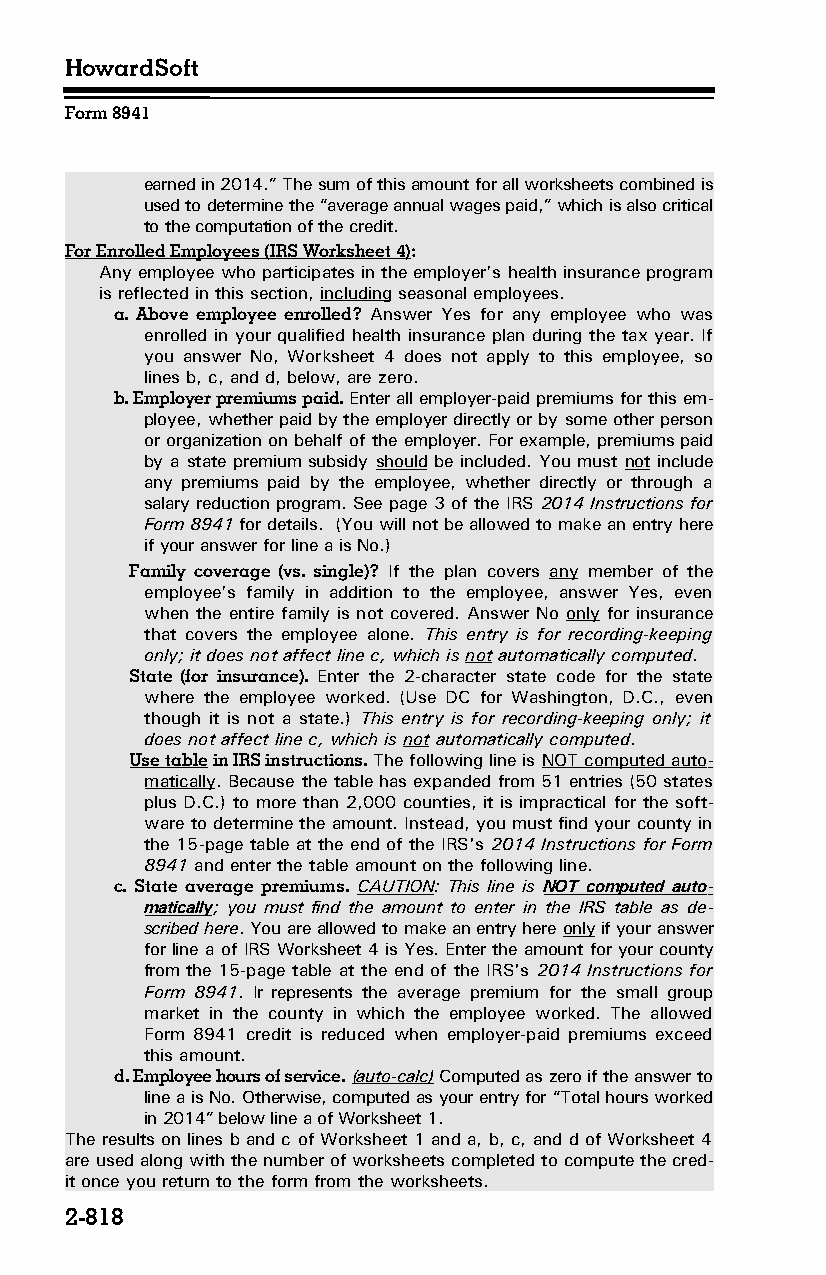
HowardSoft
 Form 8941
 earned in 2014.” The sum of this amount for all worksheets combined is
 used to determine the “average annual wages paid,” which is also critical
 to the computation of the credit.
 For Enrolled Employees (IRS Worksheet 4):
 Any employee who participates in the employer’s health insurance program
 is reflected in this section, including seasonal employees.
 a. Above employee enrolled? Answer Yes for any employee who was
 enrolled in your qualified health insurance plan during the tax year. If
 you answer No, Worksheet 4 does not apply to this employee, so
 lines b, c, and d, below, are zero.
 b. Employer premiums paid. Enter all employer-paid premiums for this em­
 ployee, whether paid by the employer directly or by some other person
 or organization on behalf of the employer. For example, premiums paid
 by a state premium subsidy should be included. You must not include
 any premiums paid by the employee, whether directly or through a
 salary reduction program. See page 3 of the IRS 2014 Instructions for
 Form 8941 for details. (You will not be allowed to make an entry here
 if your answer for line a is No.)
 Family coverage (vs. single)? If the plan covers any member of the
 employee’s family in addition to the employee, answer Yes, even
 when the entire family is not covered. Answer No only for insurance
 that covers the employee alone. This entry is for recording-keeping
 only; it does not affect line c, which is not automatically computed.
 State (for insurance). Enter the 2-character state code for the state
 where the employee worked. (Use DC for Washington, D.C., even
 though it is not a state.) This entry is for recording-keeping only; it
 does not affect line c, which is not automatically computed.
 Use table in IRS instructions. The following line is NOT computed auto­
 matically. Because the table has expanded from 51 entries (50 states
 plus D.C.) to more than 2,000 counties, it is impractical for the soft­
 ware to determine the amount. Instead, you must find your county in
 the 15-page table at the end of the IRS's 2014 Instructions for Form
 8941 and enter the table amount on the following line.
 c. State average premiums. CAUTION: This line is NOT computed auto­
 matically; you must find the amount to enter in the IRS table as de­
 scribed here. You are allowed to make an entry here only if your answer
 for line a of IRS Worksheet 4 is Yes. Enter the amount for your county
 from the 15-page table at the end of the IRS's 2014 Instructions for
 Form 8941. Ir represents the average premium for the small group
 market in the county in which the employee worked. The allowed
 Form 8941 credit is reduced when employer-paid premiums exceed
 this amount.
 d. Employee hours of service. (auto-calc) Computed as zero if the answer to
 line a is No. Otherwise, computed as your entry for “Total hours worked
 in 2014” below line a of Worksheet 1.
 The results on lines b and c of Worksheet 1 and a, b, c, and d of Worksheet 4
 are used along with the number of worksheets completed to compute the cred­
 it once you return to the form from the worksheets.
 2-818